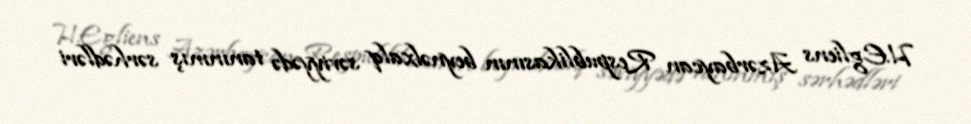
H.Egliens Azərbaycan Respublikasının beynəlxalq səviyyədə tanınmış sərhədləri